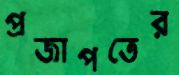
প্রজাপতের